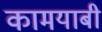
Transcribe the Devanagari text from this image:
कामयाबी